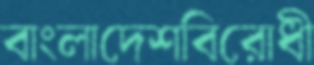
বাংলাদেশবিরোধী